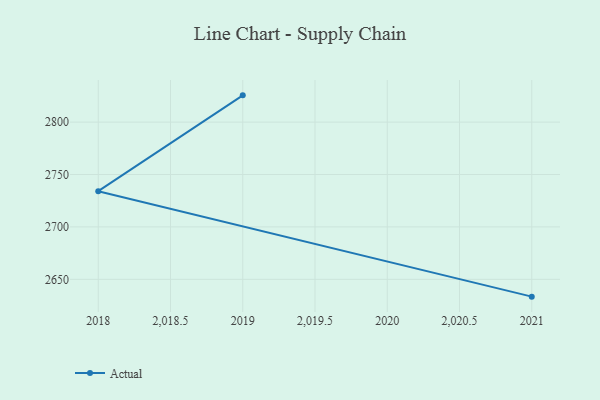
{"axis": {"x": "Year", "y": "Headcount"}, "legend": ["Actual"], "data": [{"x": "2019", "y": 2825.5, "type": "Actual"}, {"x": "2018", "y": 2734.1, "type": "Actual"}, {"x": "2021", "y": 2633.5, "type": "Actual"}]}